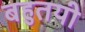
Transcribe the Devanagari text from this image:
बहुतयी